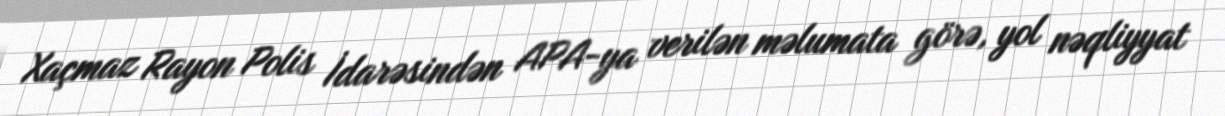
Xaçmaz Rayon Polis İdarəsindən APA-ya verilən məlumata görə, yol nəqliyyat